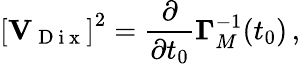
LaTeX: \left[{\mathbf V}_{\mathrm{~D~i~x~}}\right]^{2}=\frac{\partial}{\partial t_{0}}{\mathbf\Gamma}_{M}^{-1}(t_{0})\, ,